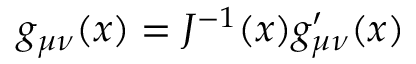
g _ { \mu \nu } ( x ) = J ^ { - 1 } ( x ) g _ { \mu \nu } ^ { \prime } ( x )